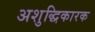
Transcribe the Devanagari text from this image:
अशुद्धिकारक